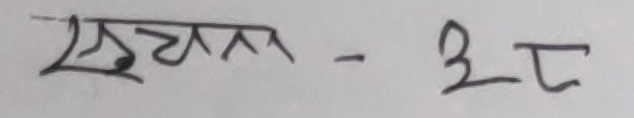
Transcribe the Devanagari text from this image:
सुचन्न - ३ट